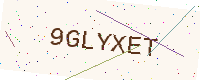
Text: 9GLYXET